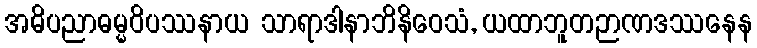
အဓိပညာဓမ္မဝိပဿနာယ သာရာဒါနာဘိနိဝေသံ, ယထာဘူတဉာဏဒဿနေန